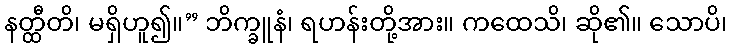
နတ္ထီတိ၊ မရှိဟူ၍။” ဘိက္ခူနံ၊ ရဟန်းတို့အား။ ကထေသိ၊ ဆို၏။ သောပိ၊